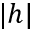
| h |